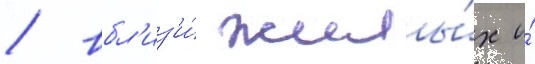
/ вбл'из'и́ жилы́х и́